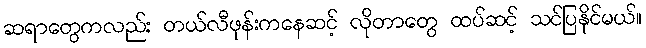
ဆရာတွေကလည်း တယ်လီဖုန်းကနေဆင့် လိုတာတွေ ထပ်ဆင့် သင်ပြနိုင်မယ်။